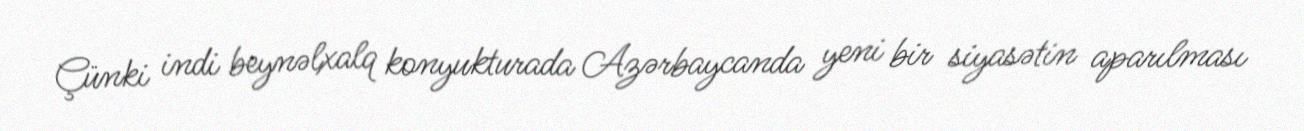
Çünki indi beynəlxalq konyukturada Azərbaycanda yeni bir siyasətin aparılması